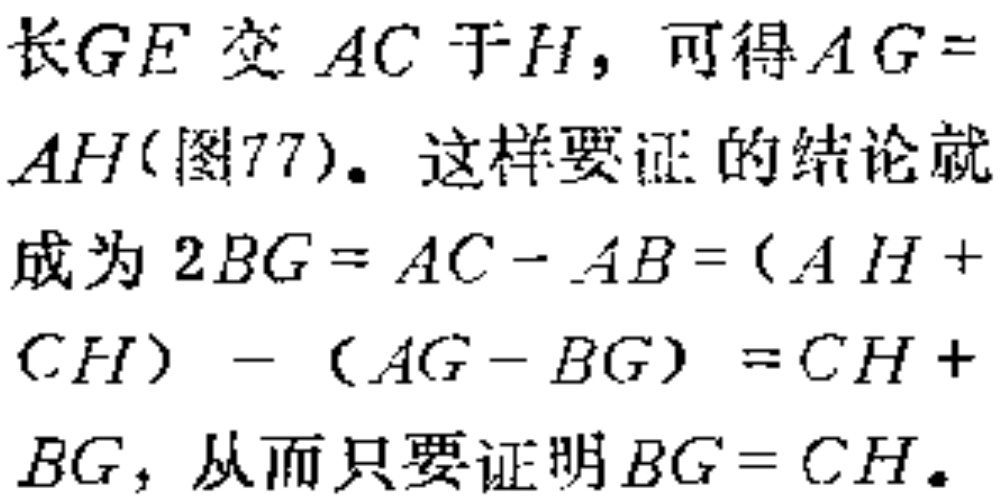
延长 \(GE\) 交 \(AC\) 于 \(H\)，可得 \(AG = AH\)(图77)。这样要证的结论就成为 \(2BG = AC - AB=(AH + CH)-(AG - BG)=CH + BG\)，从而只要证明 \(BG = CH\)。